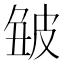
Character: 𤿥